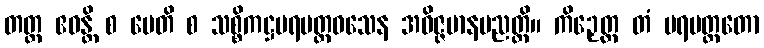
တတ္ထ ဧဝန္တိ စ မေတိ စ သစ္စိကဋ္ဌပရမတ္ထဝသေန အဝိဇ္ဇမာနပညတ္တိ။ ကိဉှေတ္ထ တံ ပရမတ္ထတော